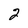
Character: 2